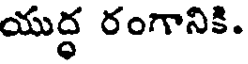
యుద్ధ రంగానికి.